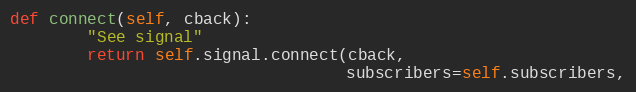
Language: Python
def connect(self, cback):
        "See signal"
        return self.signal.connect(cback,
                                   subscribers=self.subscribers,